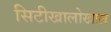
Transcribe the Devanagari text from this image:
सिटीखालोखाल